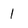
Character: 1